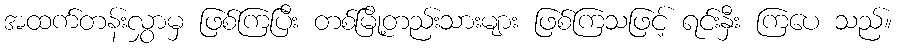
အထက်တန်းလွှာမှ ဖြစ်ကြပြီး တစ်မြို့တည်းသားများ ဖြစ်ကြသဖြင့် ရင်းနှီး ကြပေ သည်။